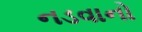
નડવાનો